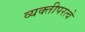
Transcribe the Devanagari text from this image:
व्यक्तीपरत्वे